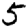
Digit: 5